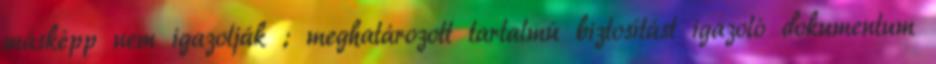
másképp nem igazolják ; meghatározott tartalmú biztosítást igazoló dokumentum